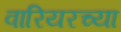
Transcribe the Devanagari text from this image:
वारियरच्या